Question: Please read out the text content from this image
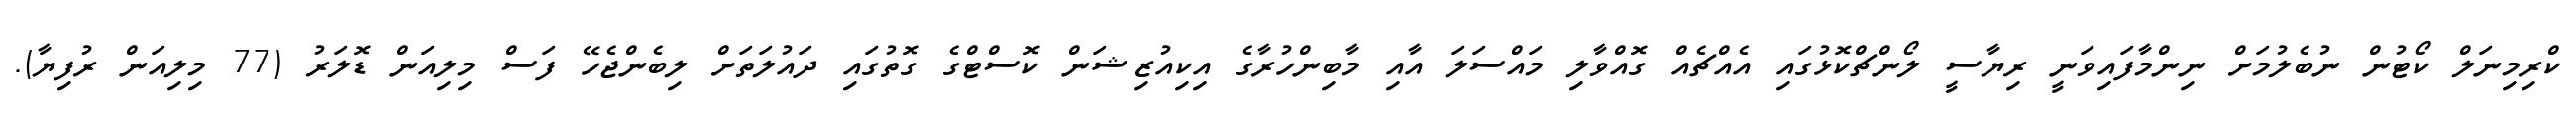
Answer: ކްރިމިނަލް ކޯޓުން ނުބެލުމަށް ނިންމާފައިވަނީ ރިޔާސީ ލޯންޗްކޮޅުގައި އެއްޗެއް ގޮއްވާލި މައްސަލަ އާއި މާބިންހުރާގެ އިކިއުޒިޝަން ކޮސްޓްގެ ގޮތުގައި ދައުލަތަށް ލިބެންޖެހޭ ފަސް މިލިއަން ޑޮލަރު (77 މިލިއަން ރުފިޔާ).